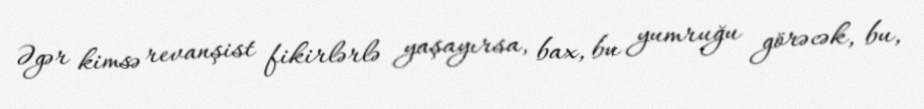
Əgər kimsə revanşist fikirlərlə yaşayırsa, bax, bu yumruğu görəcək, bu,